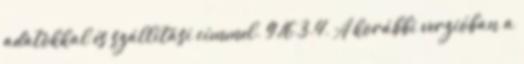
adatokkal és szállítási címmel. 9.16.3.4. A korábbi verzióban a